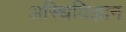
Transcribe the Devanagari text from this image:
अस्थिविज्ञान